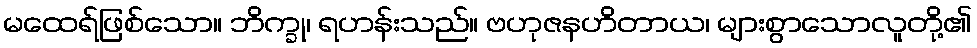
မထေရ်ဖြစ်သော။ ဘိက္ခု၊ ရဟန်းသည်။ ဗဟုဇနဟိတာယ၊ များစွာသောလူတို့၏